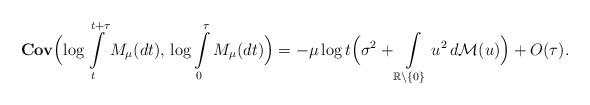
LaTeX: \begin{align*}{\bf Cov}\Bigl(\log\int\limits_t^{t+\tau}M_\mu(dt), \,\log\int\limits_0^{\tau} M_\mu(dt)\Bigr) = -\mu\log t\Bigl(\sigma^2 + \int\limits_{\mathbb{R}\setminus \{0\}} u^2 \,d\mathcal{M}(u)\Bigr) + O(\tau).\end{align*}